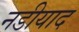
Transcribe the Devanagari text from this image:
नडीयाद